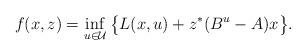
LaTeX: \begin{align*}f(x,z) = \inf_{u \in \mathcal{U}} \big\{L(x,u) + z^{\ast}(B^u - A)x\big\}.\end{align*}